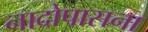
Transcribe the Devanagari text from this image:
नादोपासना